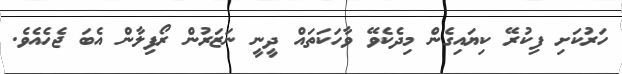
ހަރުކަށި ފިކުރޭ ކިޔައިގެން މިދެކެވޭ ވާހަކަތައް ދީނީ ނަޒަރުން ރޯފިލާން އެބަ ޖެހެއެވެ.